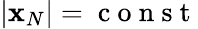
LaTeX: |{\mathbf x}_{N}|=\mathrm{~c~o~n~s~t~}